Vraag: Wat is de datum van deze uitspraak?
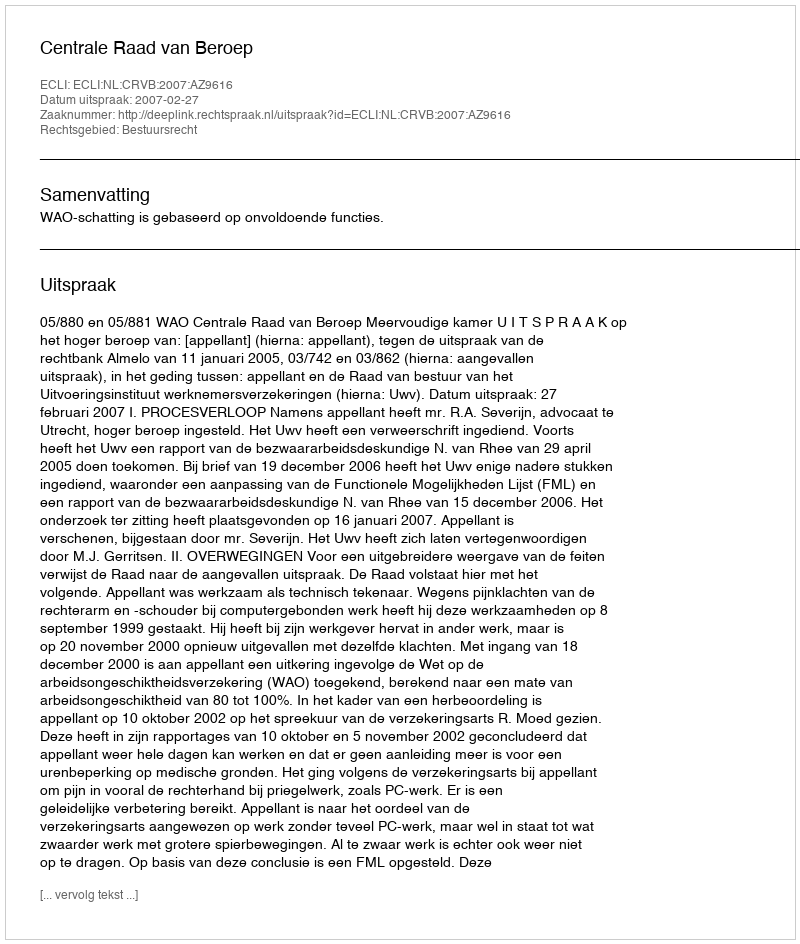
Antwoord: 2007-02-27